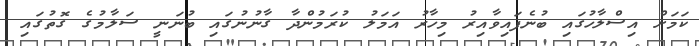
ކަމަށް އިސްލާހުގައި ބުނެފައިވާއިރު މިހާރު އަމަލު ކުރަމުންދާ ގާނުނުގައި ބުނަނީ ސަލާމުގެ ގޮތުގައި